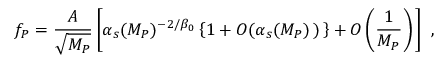
f _ { P } = \frac { A } { \sqrt { M _ { P } } } \left[ \alpha _ { s } ( M _ { P } ) ^ { - 2 / \beta _ { 0 } } \left\{ 1 + O ( \alpha _ { s } ( M _ { P } ) \, ) \, \right\} + O \left( \frac { 1 } { M _ { P } } \right) \, \right] \ ,